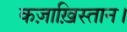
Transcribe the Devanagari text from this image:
कज़ाख़िस्तान।